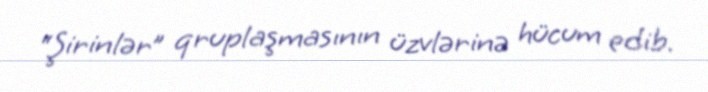
“Şirinlər” qruplaşmasının üzvlərinə hücum edib.